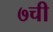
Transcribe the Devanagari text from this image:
७ची